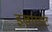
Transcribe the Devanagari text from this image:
इखारड्ट